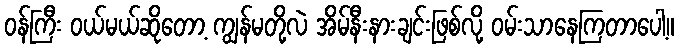
ဝန်ကြီး ဝယ်မယ်ဆိုတော့ ကျွန်မတို့လဲ အိမ်နီးနားချင်းဖြစ်လို့ ဝမ်းသာနေကြတာပေါ့။